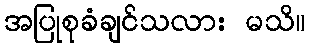
အပြုစုခံချင်သလား မသိ။